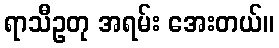
ရာသီဥတု အရမ်း အေးတယ်။